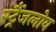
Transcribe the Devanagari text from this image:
स्ट्रैंजलोव